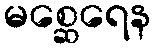
မစ္ဆေရေန